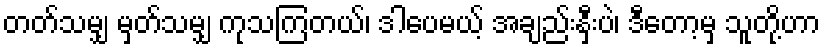
တတ်သမျှ မှတ်သမျှ ကုသကြတယ်၊ ဒါပေမယ့် အချည်းနှီးပဲ၊ ဒီတော့မှ သူတို့ဟာ